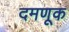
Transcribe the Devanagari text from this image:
दमणूक